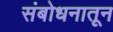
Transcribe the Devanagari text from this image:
संबोधनातून